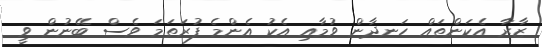
ޒާރާ އެކަންތައް ހަނދާން ވުމާއި އެކު އެންމެ ފުރަތަމަ ވެސް ބޭނުން ވީ